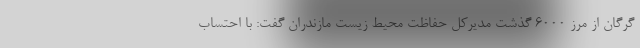
گرگان از مرز 6000 گذشت مدیرکل حفاظت محیط زیست مازندران گفت: با احتساب